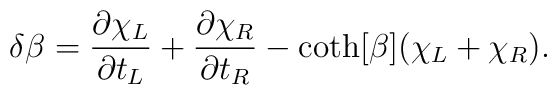
\delta \beta=\frac{\partial \chi _L}{\partial t_L}+\frac{\partial \chi _R}{\partial t_R}-\coth [\beta ](\chi _L+\chi _R).